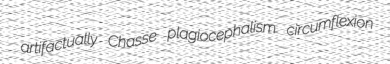
artifactually Chasse plagiocephalism circumflexion